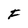
Character: F